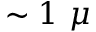
\sim 1 ~ \mu